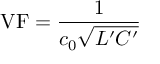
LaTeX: \mathrm { V F } = { \frac { 1 } { c _ { \mathrm { 0 } } { \sqrt { L ^ { \prime } C ^ { \prime } } } } }